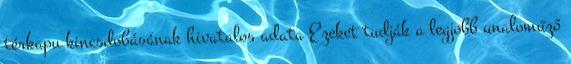
térkapu kincsdobásának hivatalos adata Ezeket tudják a legjobb unaloműző